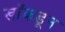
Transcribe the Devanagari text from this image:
खाँकडून